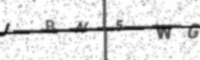
Text: JBN5WG